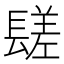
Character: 𨲠